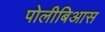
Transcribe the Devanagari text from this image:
पोलीबिआस